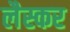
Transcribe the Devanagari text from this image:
लैस्कर